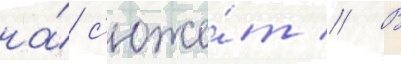
на́ с'юже́т // В